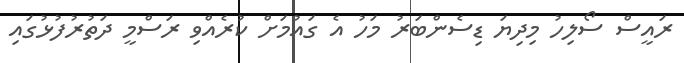
ރައީސް ސޯލިހު މިދިޔަ ޑިސެންބަރު މަހު އެ ގައުމަށް ކުރެއްވި ރަސްމީ ދަތުރުފުޅުގައި